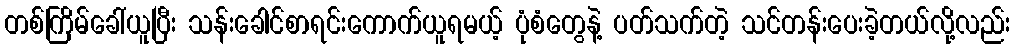
တစ်ကြိမ်ခေါ်ယူပြီး သန်းခေါင်စာရင်းကောက်ယူရမယ့် ပုံစံတွေနဲ့ ပတ်သက်တဲ့ သင်တန်းပေးခဲ့တယ်လို့လည်း